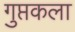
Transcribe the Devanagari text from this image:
गुप्तकला